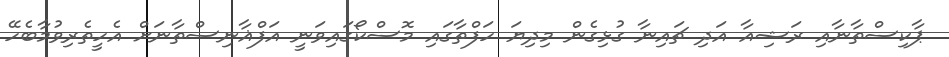
ޕާކިސްތާނާއި ރަޝިއާ އަދި ޗައިނާ ގުޅިގެން މިދިޔަ ހަފްތާގައި މޮސްކޯގައިވަނީ އަފްޣާނިސްތާނަށް އެހީތެރިވުމާބެހޭ